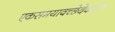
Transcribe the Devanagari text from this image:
एकसमयावच्छेदेकरुन